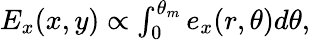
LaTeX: \begin{array}{r}{E_{x}(x,y)\propto\int_{0}^{\theta_{m}}e_{x}(r,\theta)d\theta,}\end{array}